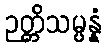
ဉတ္တိသမ္ပန္နံ